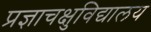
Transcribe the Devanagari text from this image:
प्रज्ञाचक्षुविद्यालय